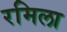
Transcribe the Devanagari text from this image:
रमिला